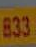
833